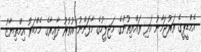
އެމްޑީޕީގެ ތަރުޖަމާނު އަދި ރައްޔިތުންގެ މަޖިލީހުގެ މާފަންނު އުތުރު ދާއިރާގެ މެމްބަރު އިމްތިޔާޒު